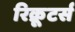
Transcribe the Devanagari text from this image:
रिक्रूटर्स